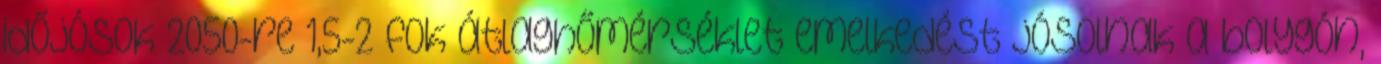
időjósok 2050-re 1,5-2 fok átlaghőmérséklet emelkedést jósolnak a bolygón,